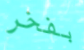
بفخر